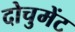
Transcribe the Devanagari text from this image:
दोचुमेंट